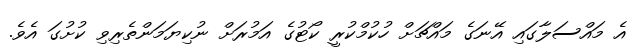
އެ މައްސަލާގައި އޭނަގެ މައްޗަށް ހުކުމްކުރީ ކޯޓުގެ އަމުރަށް ނުކިޔަމަންތެރިވި ކުށުގަ އެވެ.